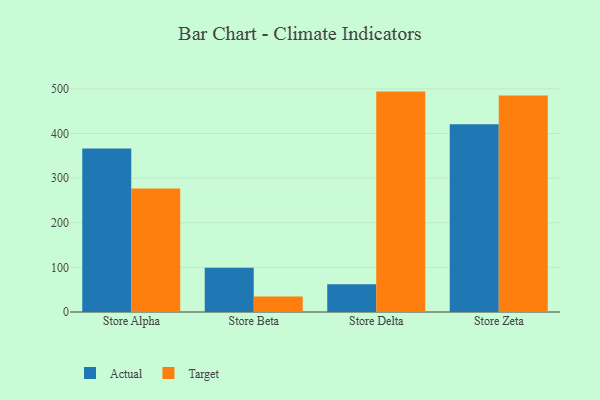
{"axis": {"x": "Store", "y": "Energy Usage (MWh)"}, "legend": ["Actual", "Target"], "data": [{"x": "Store Alpha", "y": 366.6, "type": "Actual"}, {"x": "Store Alpha", "y": 276.7, "type": "Target"}, {"x": "Store Beta", "y": 99.4, "type": "Actual"}, {"x": "Store Beta", "y": 34.9, "type": "Target"}, {"x": "Store Delta", "y": 62.0, "type": "Actual"}, {"x": "Store Delta", "y": 494.0, "type": "Target"}, {"x": "Store Zeta", "y": 420.9, "type": "Actual"}, {"x": "Store Zeta", "y": 485.0, "type": "Target"}]}